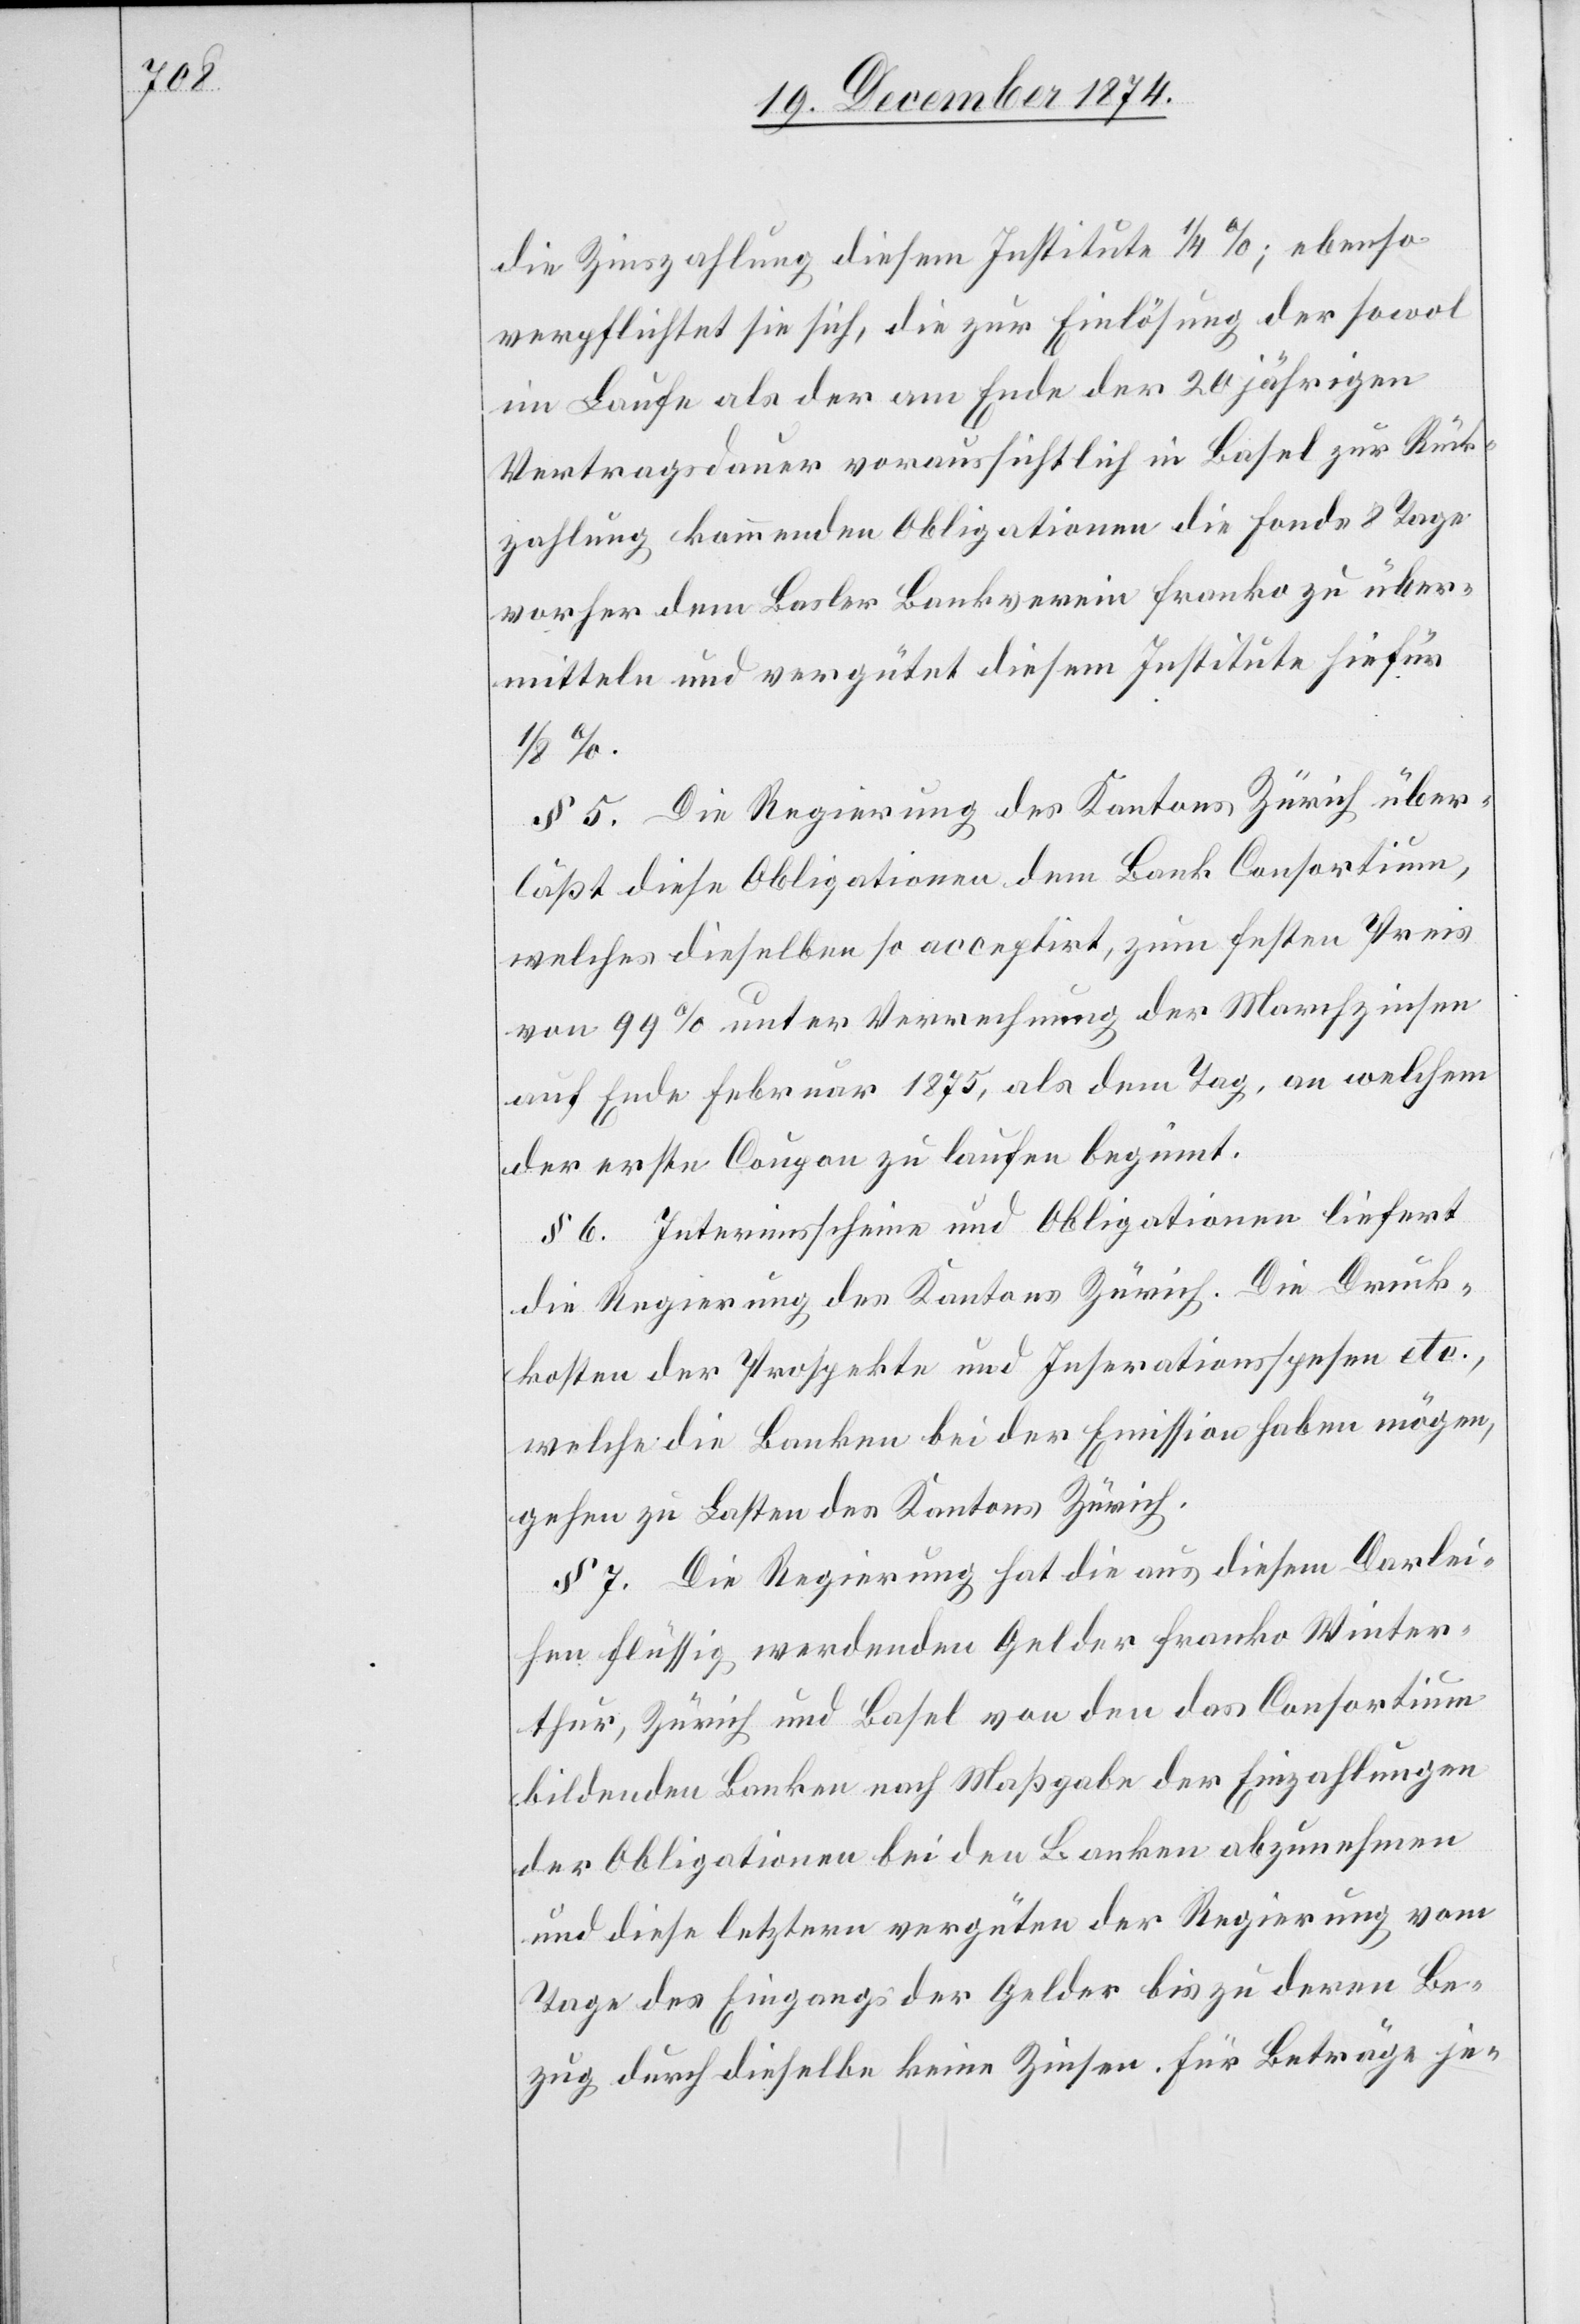
die Zinszahlung diesem Institute 1/4%; ebenso
verpflichtet sie sich, die zur Einlösung der sowol
im Laufe als der am Ende der 20 jährigen
Vertragsdauer voraussichtlich in Basel zur Rück¬
zahlung kommenden Obligationen die Fonds 8 Tage
vorher dem Basler Bankverein franko zu über¬
mitteln und vergütet diesem Institute hiefür
§ 5. Die Regierung des Kantons Zürich über¬
läßt diese Obligationen dem Bank Consortium,
welches dieselben so acceptirt, zum festen Preis
von 99% unter Verrechnung der Marchzinsen
auf Ende Februar 1875, als dem Tag, an welchem
der erste Coupon zu laufen beginnt.
§ 6. Interimsscheine und Obligationen liefert
die Regierung des Kantons Zürich. Die Druck¬
kosten der Prospekte und Inserationsspesen etc.,
welche die Banken bei der Emission haben mögen,
gehen zu Lasten des Kantons Zürich.
§ 7. Die Regierung hat die aus diesem Darlei¬
hen flüssig werdenden Gelder franko Winter¬
thur, Zürich und Basel von den das Consortium
bildenden Banken nach Maßgabe der Einzahlungen
der Obligationen bei den Banken abzunehmen
und diese letztern vergüten der Regierung vom
Tage des Eingangs der Gelder bis zu deren Be¬
zug durch dieselbe keine Zinsen. Für Beträge je-